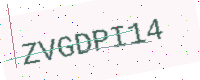
Text: ZVGDPI14